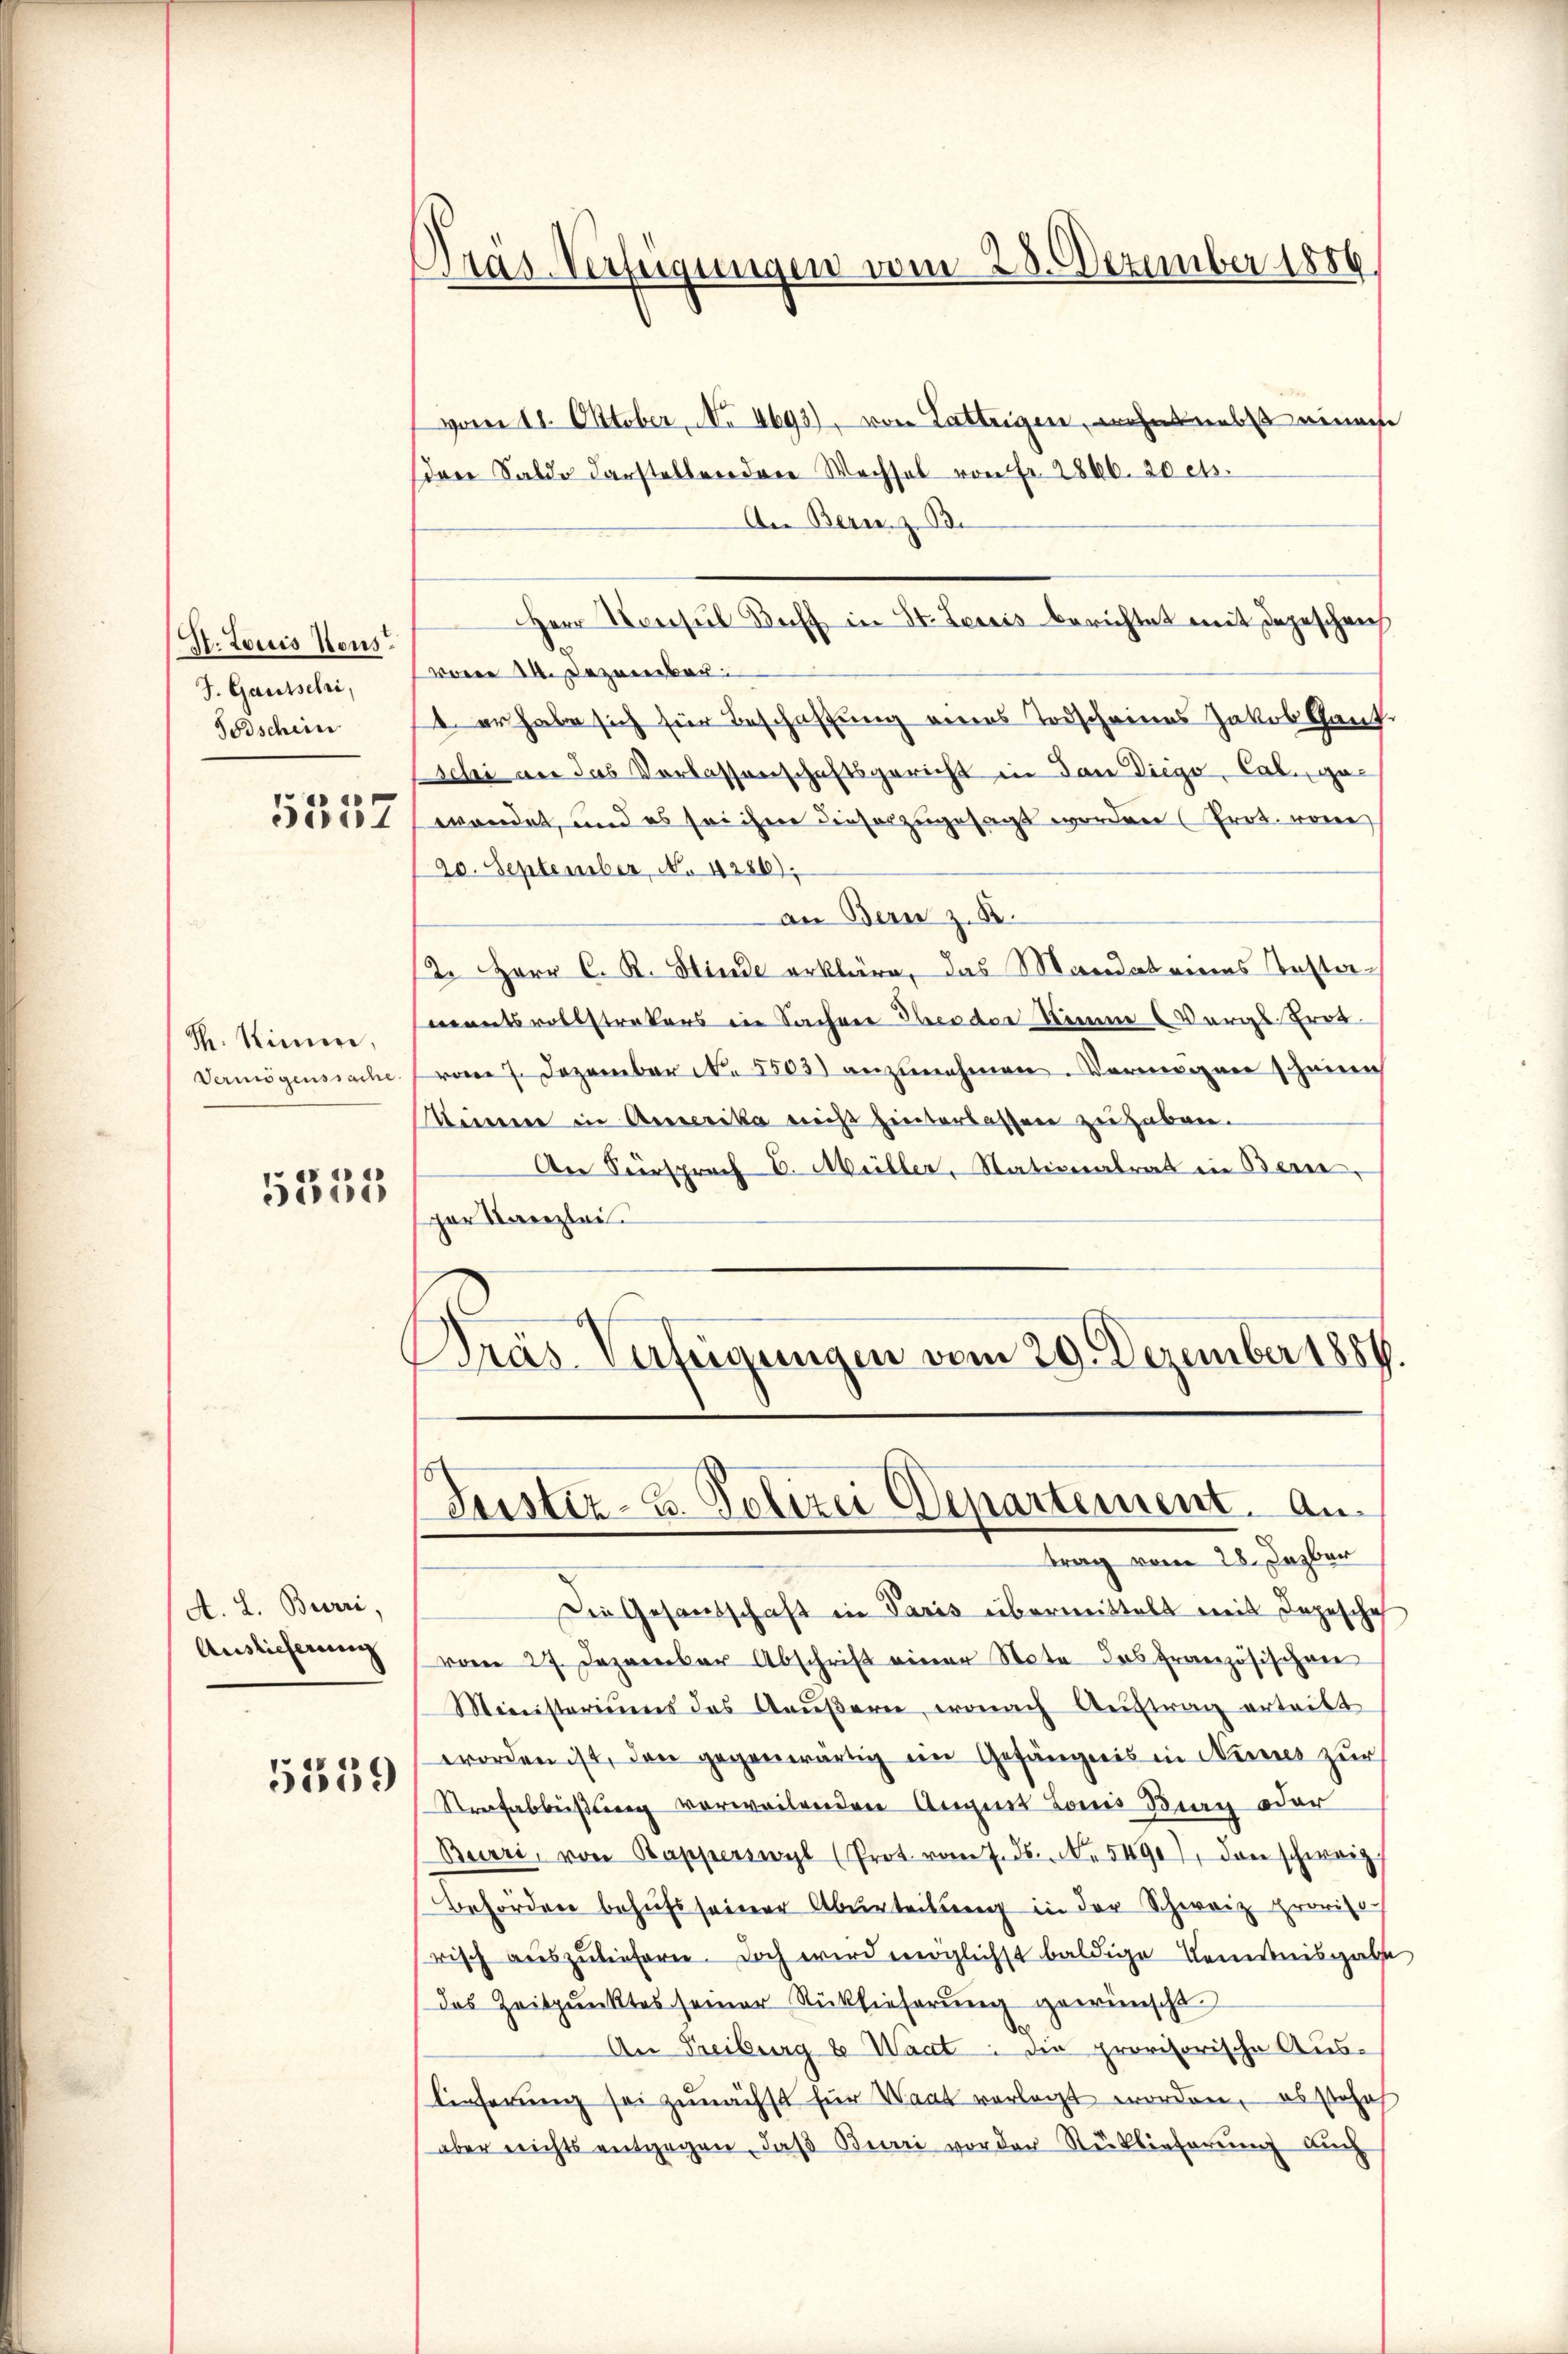
St. Louis Nous.
J. Gausschri,
Todschein

5357

M. Stimm
Vermögenssache.

5335

A. L. Burri,
Auslieferung

5559

Präs. Verfügungen vom 28. Dezember 1886.

vom 11. Oktober, No 4693), von Lattrigen, wohnt nebst einem
sdrer Saldo darstellenden Wechsel von Fr. 2866. 20 cts.
An Bernenz de
Herr Konsul Boff in St. Louis berichtet mit dargeschrich
vom 14. Dezember
t er habe sich für Beschaffung eines Todscheines Jakob Ganz
schi an das Verlassenschaftsgericht in dan Diego, Cab. gewendet, und es sei ihne dieser zugesagt worden (Prot. von
90. September, No 4286).
an Bern z. B.
2. Herr C. R. Hinde erkläre, das Mandat eines Testamentsvollstrekers in Sachen Theodor Stimme (Vergl. Trot
vom 7. Dezember No. 5503) anzunehmen. Vermögen scheinen
Seinen in Ausserika nicht hinterlassen zu haben.
An Fürsprach E. Müller, Nationalrat in Bern,
per Kanzlei.
Dras. Verfügungen vom 29. Dezember 1884.

Justiz- u. Polizei Departement. An
trag vom 28. Jezbar

Die Gesandschaft in Paris übermittelt mit Depesche
vom 27. Jezember Abschrift einer Note das französischen
Ministeriums des Aeŭβern, wonach Auftrag ertritt
worden ist, den gegenwärtig im Gefängnis in Kies zur
Strafabbeistung verweilenden Augnet Louis Brag oder
Burri, von Rapperswyl (Prot. vom 7. ds. No. 5490), den schweiz
Behörden behufs seiner Aburteilung in der Schweiz proviso
risch auszuliefern. Doch wird möglichst baldige Kenntnisgabe
das Zeitpunktes seiner Rücklieferung gewünscht
An Freiburg e Waat: die provisorische Aus-
lieferung sei zunächst für Waat vorlegt worden, es Joha
aber nichts entgegen, daß Burri vor der Rücklieferung auch